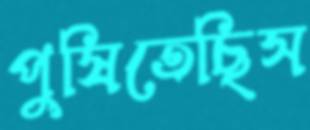
পুষিতেছিস